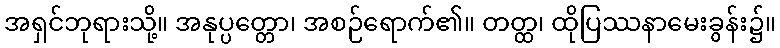
အရှင်ဘုရားသို့။ အနုပ္ပတ္တော၊ အစဉ်ရောက်၏။ တတ္ထ၊ ထိုပြဿနာမေးခွန်း၌။